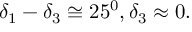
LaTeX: \delta _ { 1 } - \delta _ { 3 } \cong 2 5 ^ { 0 } , \delta _ { 3 } \approx 0 .